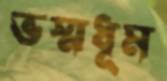
ভস্মধূম